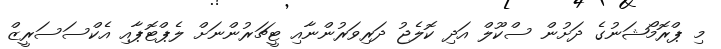
މި ޕްރޮމޯޝަނުގެ ދަށުން ސްކޫލް އަދި ކޮލެޖު ދަރިވަރުންނާއި ޓީޗަރުންނަށް ލެޕްޓޮޕާއި އެކްސަސަރީޒް